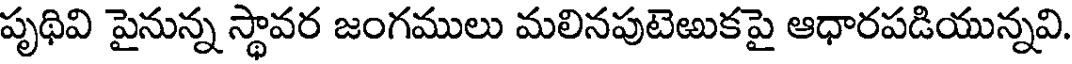
పృథివి పైనున్న స్థావర జంగములు మలినపుటెఱుకపై ఆధారపడియున్నవి